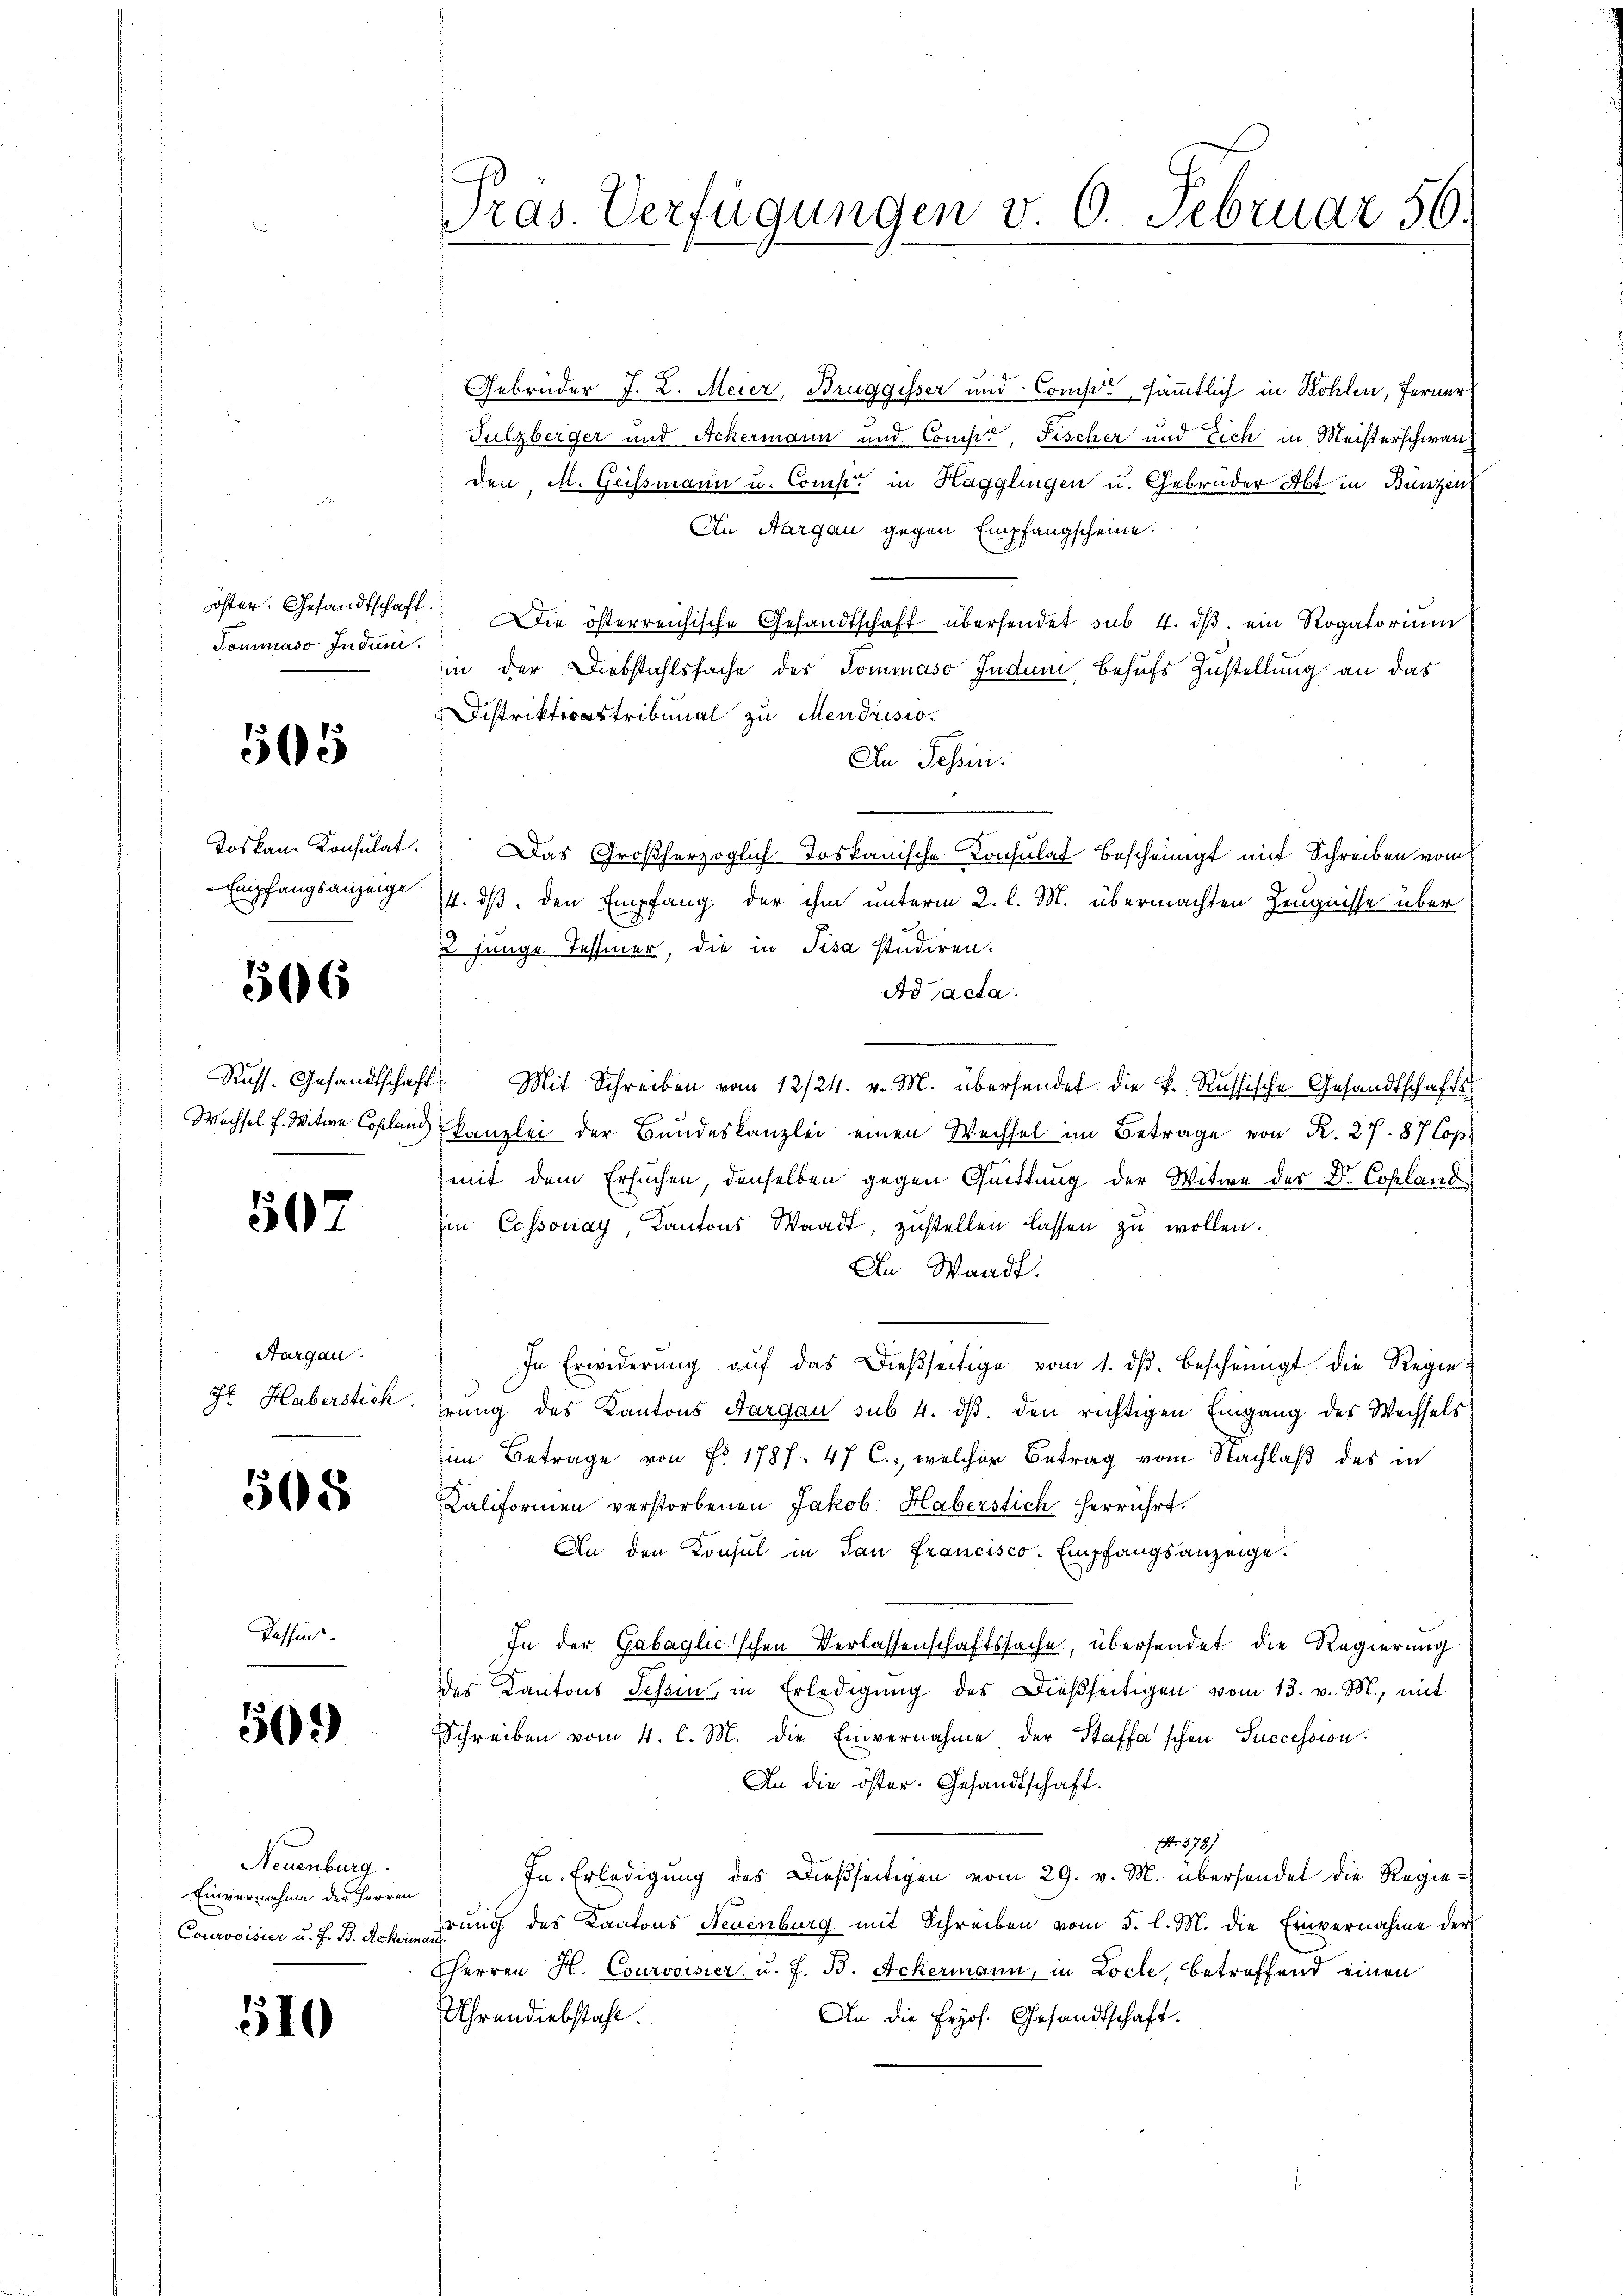
Tommaso Jndum.

505

Empfangsanzeige.

566

507

Aargau.

505

Kassin

509)

Neuenburg.
Einvernahme der Herren
Courovisier u. F. B. Ackerman

510

Pras. Verfügungen v. 6. Februar 56.

Gebrüder J. L. Meier, Bruggisser und Compe, sämmtlich in Wohlen, Ferner
Sulzberger und Ackermann und Compt, Fischer und Eich in Meisterschwanden, M. Geissmann u. Comp. in Hagglingen u. Gebrüder Abt in Bunzen
An Aargau gegen Empfangscheine.
öster. Gesandtschaft. Die österreichische Gesandtschaft übersendet sub. 4. dβ ein Rogatoriŭm
in der Diebstahlssache des Sommaso Jndum behufs Zustellung an das
Distrittribunal zu Mendrisio
In Tessin.
Joskau Konsulat. Das Großherzoglich Toskanische Konsulat bescheinigt mit Schreiben vom
14. ds. den Empfang der ihm unterm 2. l. M. übermachten Zeugnisse über
u junge Tessiner, die in Pisa studiren.
Ad acta.
Russ. Gesandtschaft. Mit Schreiben vom 12/24. v. M. übersendet die k. Russische Gesandtschafts
Wechsel f. Witwe Copland Kanzlei der Bundeskanzlei einen Wechsel im Betrage von R. 27. 87 Cop.
mit dem Ersuchen, denselben gegen Quittung der Witwe der Dr. Cohland
in Cossonay, Kantons Waadt, zŭstellen lassen zŭ wollen.
An Waadt.
In Erwiderŭng aŭf das dießseitige vom 1. ds. bescheinigt die Regie¬
Fr. Haberstick. Erung des Kantons Aargau sub 4. dβ. den richtigen Eingang des Wechsels
im Betrage von Fr. 1787. 47 C., welcher Betrag vom Nachlaß des in
Kaliformen verstorbenen Jakob Haberstich herrührt.
An den Konsul in San Francisco. Empfangsanzeige.
In der Gabaglić'schen Verlassenschaftssache, übersendet die Regierung
des Kantons Schein, in Erledigŭng des Dießseitigen vom 13. v. M., mit
Schreiben vom 4. l. M. die Einvernahme der Staffa'schen Succession
An die öster. Gesandtschaft.
Nr. 378)
In Erledigung des Dießseitigen vom 29. v. M. übersendet die Regierung des Kantons Neuenburg mit Schreiben vom 3. l. M. die Einvernahme der
herren H. Courvoisier u. F. B. Ackermann, in Loche, betreffend einen
Uhrendiebstahl.
An die fryof. Gesandtschaft.